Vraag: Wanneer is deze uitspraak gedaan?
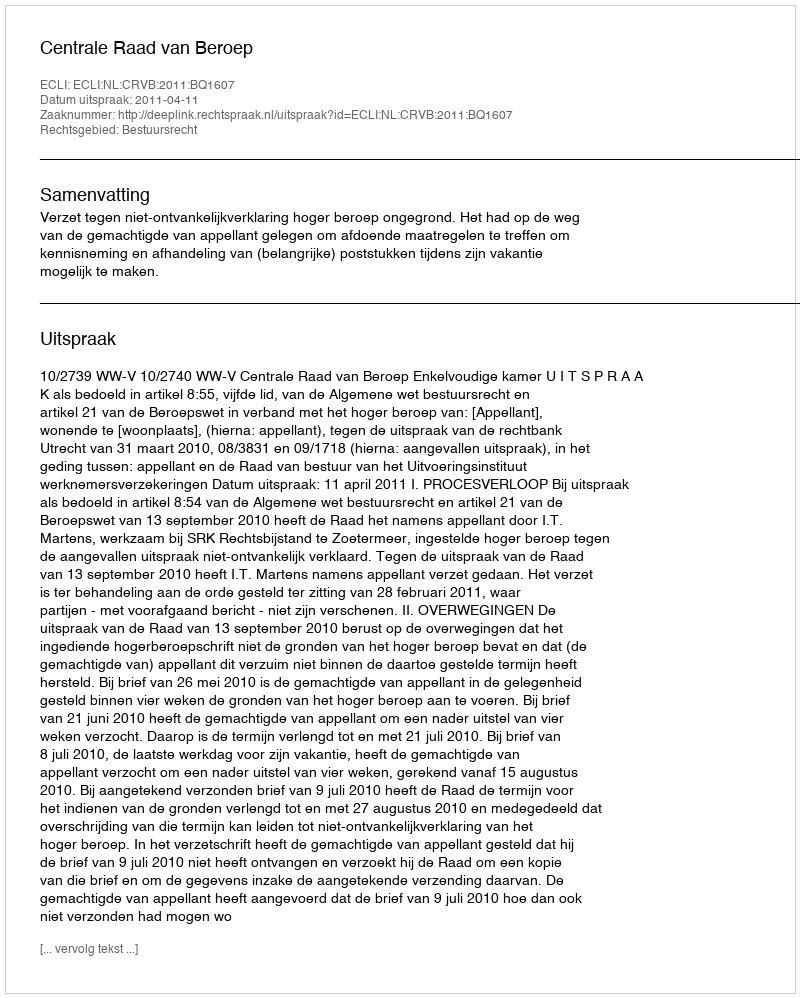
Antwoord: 2011-04-11